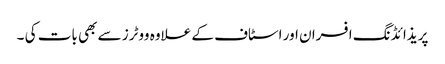
پریذائڈنگ افسران اور اسٹاف کے علاوہ ووٹرز سے بھی بات کی ۔